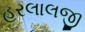
હરલાલજી